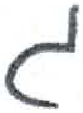
אות: ג